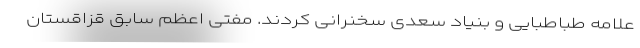
علامه طباطبایی و بنیاد سعدی سخنرانی کردند. مفتی اعظم سابق قزاقستان